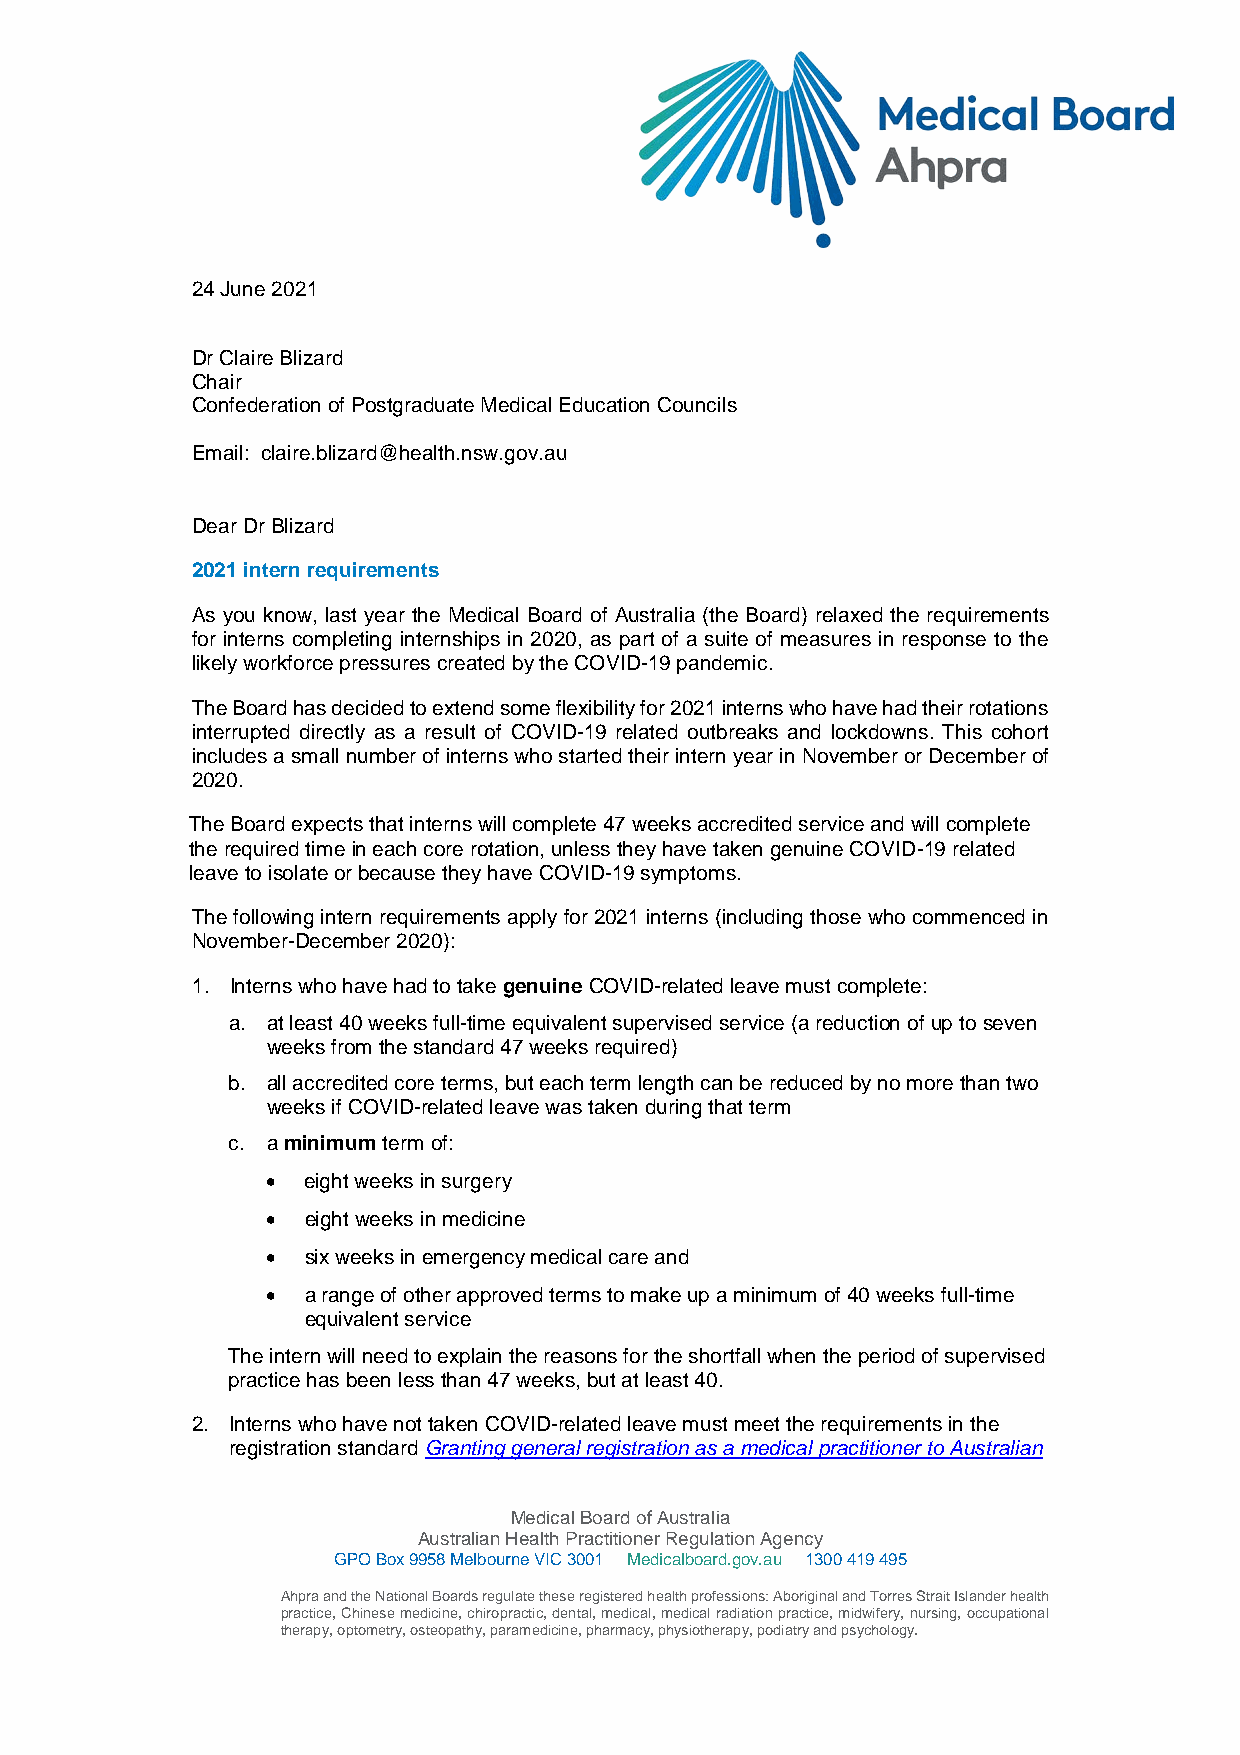
24 June 2021
 Dr Claire Blizard
 Chair
 Confederation of Postgraduate Medical Education Councils
 Email: claire.blizard@health.nsw.gov.au
 Dear Dr Blizard
 2021 intern requirements
 As you know, last year the Medical Board of Australia (the Board) relaxed the requirements
 for interns completing internships in 2020, as part of a suite of measures in response to the
 likely workforce pressures created by the COVID-19 pandemic.
 The Board has decided to extend some flexibility for 2021 interns who have had their rotations
 interrupted directly as a result of COVID-19 related outbreaks and lockdowns. This cohort
 includes a small number of interns who started their intern year in November or December of
 2020.
 The Board expects that interns will complete 47 weeks accredited service and will complete
 the required time in each core rotation, unless they have taken genuine COVID-19 related
 leave to isolate or because they have COVID-19 symptoms.
 The following intern requirements apply for 2021 interns (including those who commenced in
 November-December 2020):
 1. Interns who have had to take genuine COVID-related leave must complete:
 a. at least 40 weeks full-time equivalent supervised service (a reduction of up to seven
 weeks from the standard 47 weeks required)
 b. all accredited core terms, but each term length can be reduced by no more than two
 weeks if COVID-related leave was taken during that term
 c. a minimum term of:
 • eight weeks in surgery
 • eight weeks in medicine
 • six weeks in emergency medical care and
 • a range of other approved terms to make up a minimum of 40 weeks full-time
 equivalent service
 The intern will need to explain the reasons for the shortfall when the period of supervised
 practice has been less than 47 weeks, but at least 40.
 2. Interns who have not taken COVID-related leave must meet the requirements in the
 registration standard Granting general registration as a medical practitioner to Australian
 Medical Board of Australia
 Australian Health Practitioner Regulation Agency
 GPO Box 9958 Melbourne VIC 3001 Medicalboard.gov.au 1300 419 495
 Ahpra and the National Boards regulate these registered health professions: Aboriginal and Torres Strait Islander health
 practice, Chinese medicine, chiropractic, dental, medical, medical radiation practice, midwifery, nursing, occupational
 therapy, optometry, osteopathy, paramedicine, pharmacy, physiotherapy, podiatry and psychology.